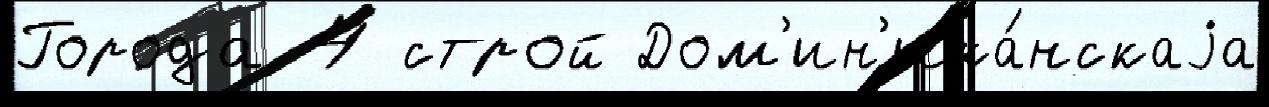
Города 4 строй Дом'ин'ика́нскаjа